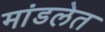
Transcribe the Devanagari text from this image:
मांडलेत